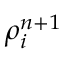
\rho _ { i } ^ { n + 1 }